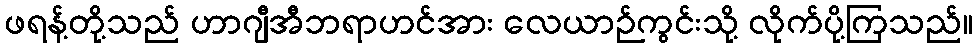
ဖရန့်တို့သည် ဟာဂျီအီဘရာဟင်အား လေယာဉ်ကွင်းသို့ လိုက်ပို့ကြသည်။